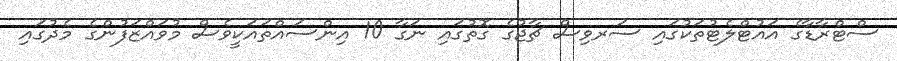
ސްޓްރާޑާގެ އައުޓްލެޓުތަކުގައި ސަރވިސް ޗާޖުގެ ގޮތުގައި ނަގާ 10 އިންސައްތައަކީވެސް މުވައްޒަފުންގެ މެދުގައި